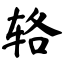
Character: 辂